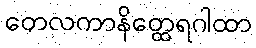
တေလကာနိတ္ထေရဂါထာ